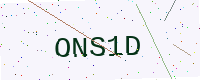
Text: ONS1D